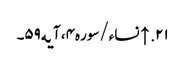
۲۱. ↑ نساء/سوره۴، آیه۵۹۔